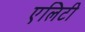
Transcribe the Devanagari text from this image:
एलिटी